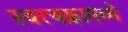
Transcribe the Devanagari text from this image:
स्वरचक्रामध्ये